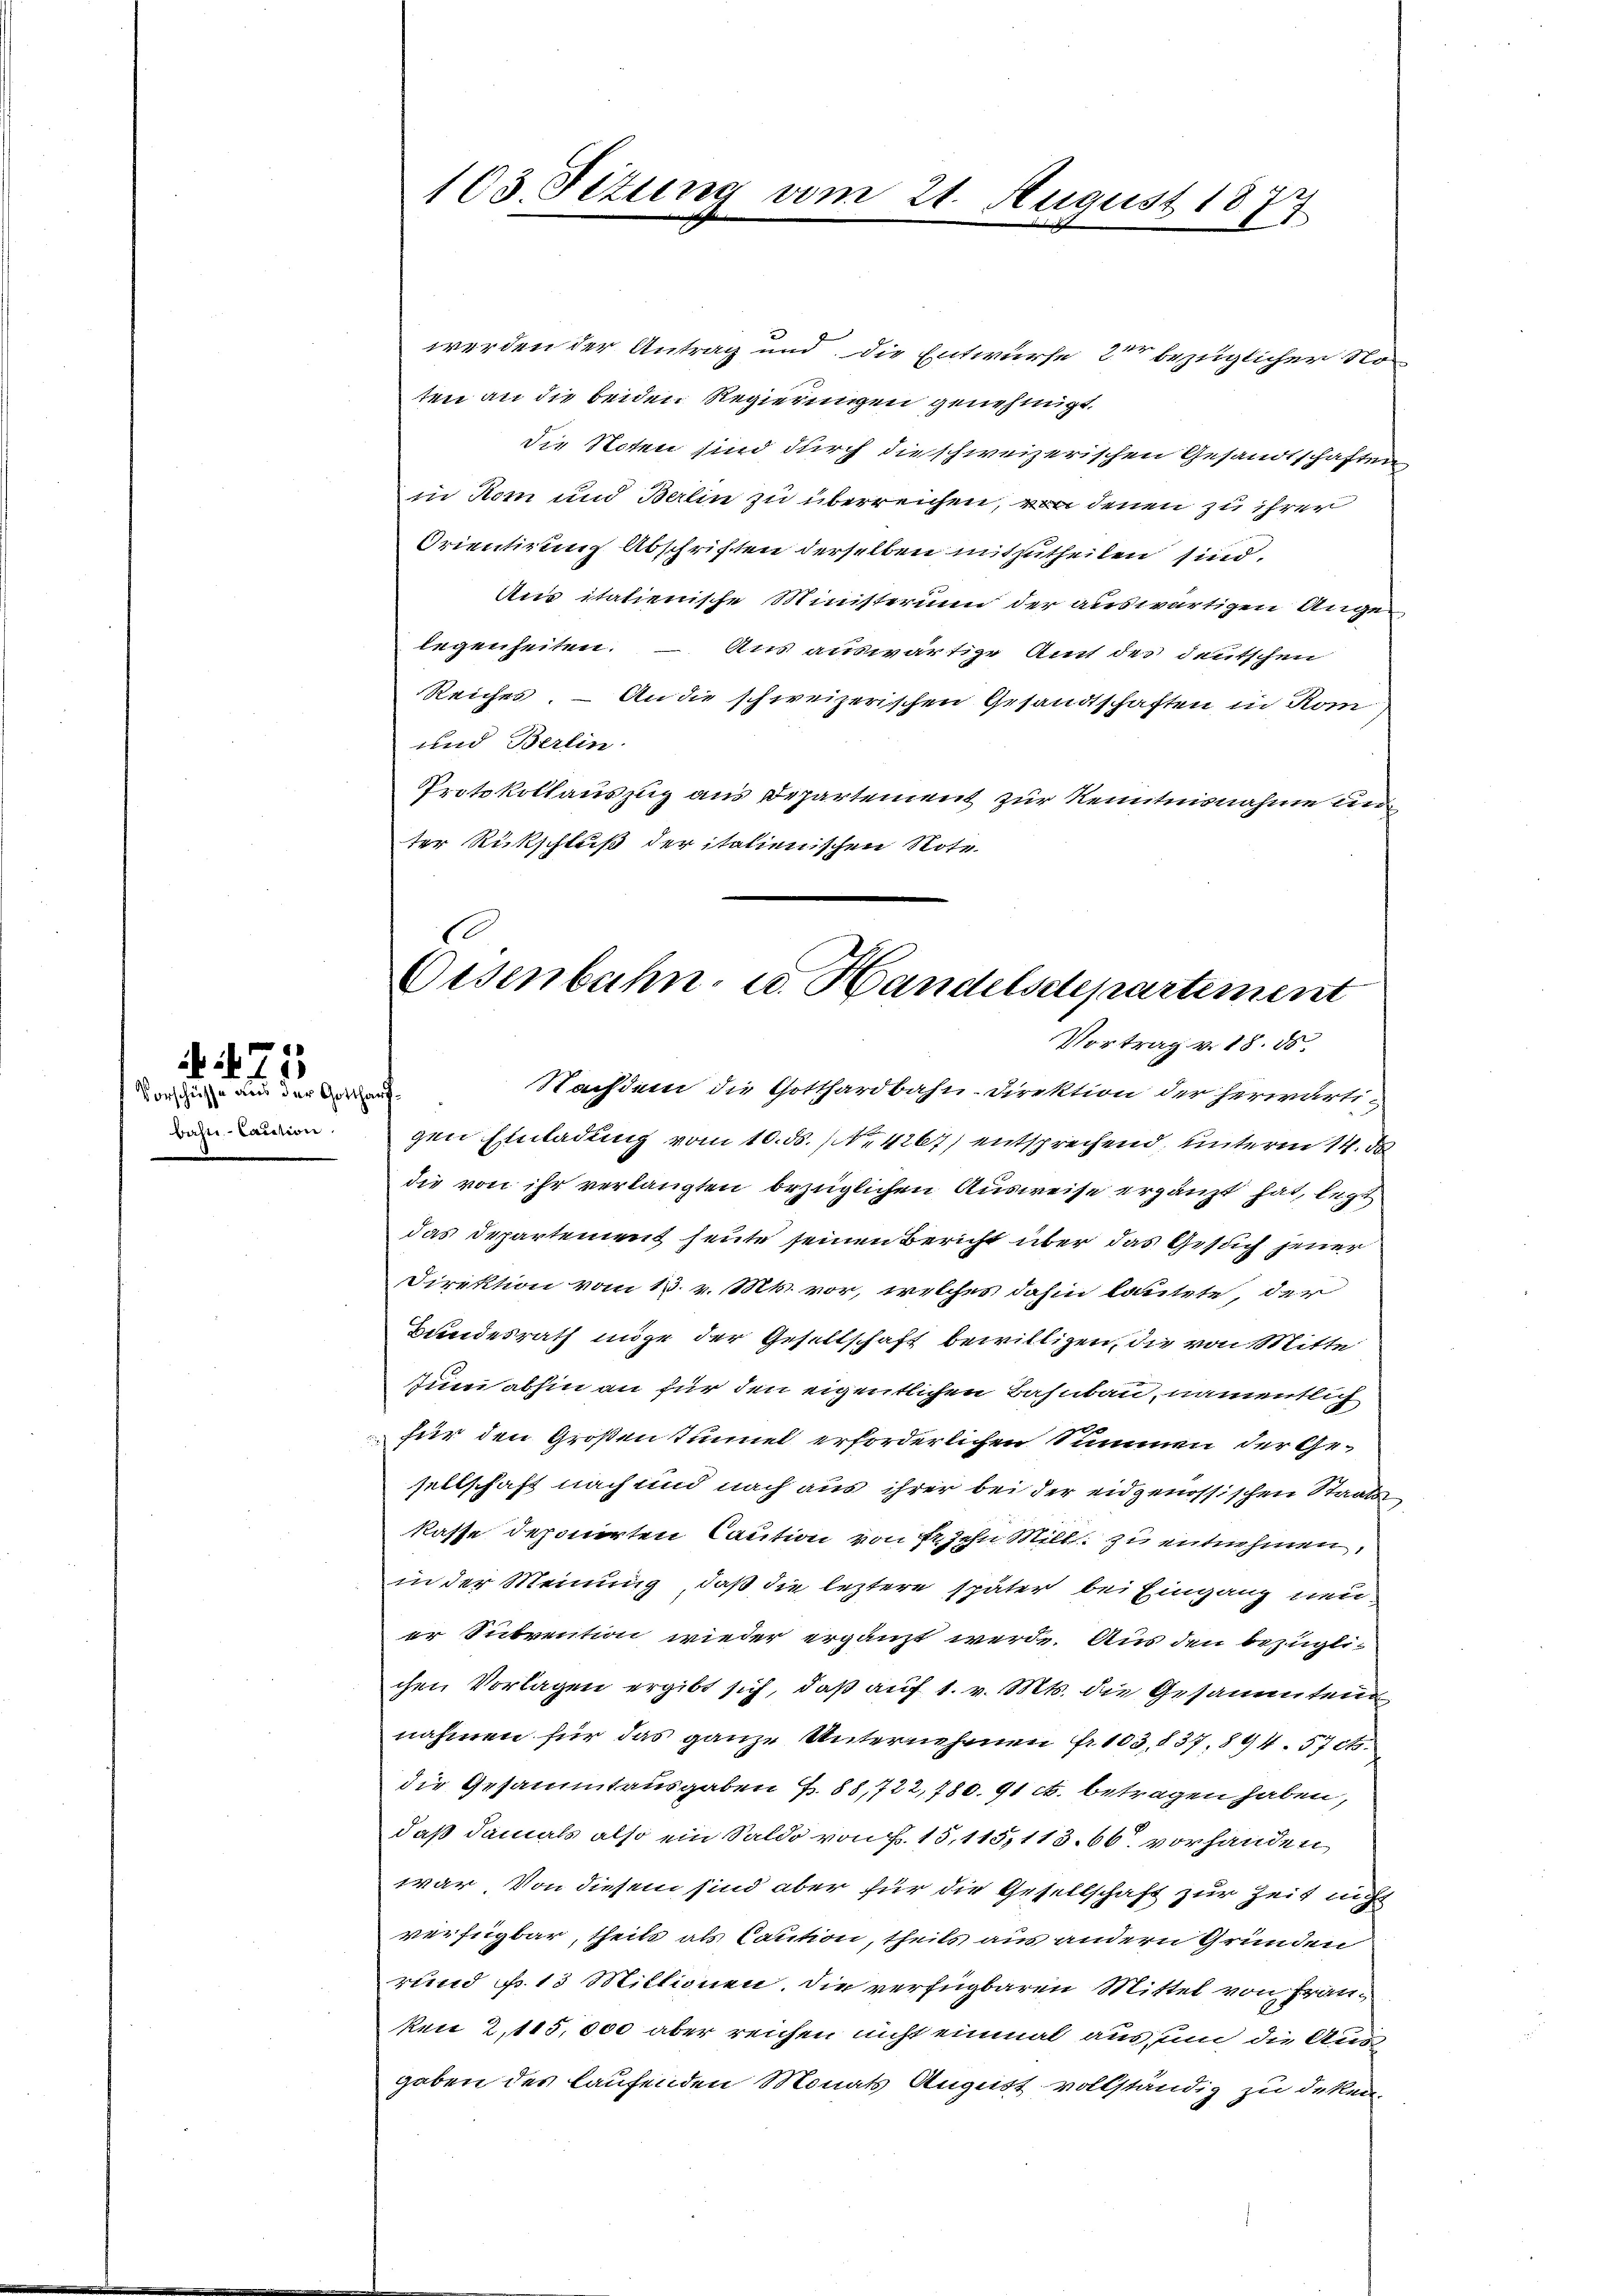
bahn- Caution.

75
Vorschüsse aus der Gottharf¬

103. Sitzung vom 21. August 1877
I

werden der Antrag und die Entwurfe 2te bezüglicher No
ten an die beiden Regierungen genehmigt.
die Noten sind durch die schweizerischen Gesandtschaften
iie Rem und Berlin zu überreichen, von denen zu ihrer
Orientirung Abschriften derselben mitzutheilen sind,
Aus italienische Ministerium der auswärtigen Angelegenheiten. – Aus auswärtige Amt des deutschen
Reiches. – An die schweizerischen Gesandtschaften in Rom
und Berlin.
Protokollauszug aus Departement zur Kenntnisnahme un
ter Rückschluß der italienischen Note

Oisenbahn u. Handelsdepartement
Vortrag v. 18. ds.
Nachdem die Gotthardbahn-Direktion der herwärtigen Einladung vom 10. ds. No 4267) entsprechend, unterm 14. d

die von ihr verlangten bezüglichen Ausweise ergänzt hat, legt
das Departement heute seinen Bericht über das Gesuch jener
Direktion vom 13. v. Mts. vor, welches dahin lautete der
Bundesrath möge der Gesellschaft bewilligen, die von Mitte
tum abhin an für den eigentlichen Bahnbau, namentlich
für den Großen Tunnel erforderlichen Summen der Gesellschaft nach und nach aus ihrer bei der eidgenössischen Staats
kasse deponirten Caution von fr. zehn Mill zu entnehmen,
in der Meinung, daß die leztere später bei Eingang neu
er Subvention wieder ergänzt werde. Aus den bezüglichen Vorlagen ergibt sich, daß auf 1. v. Mts. die Gesammten
nahmen für das ganze Unternehmen fr. 103,837, 894. 57 cts.
die Gesammtausgaben S. 88,722, 780. 91 ct. betragen haben,
daß damals also ein Saldo von P. 15,115, 113. 66. vorhanden
war von diesem sind aber für die Gesellschaft zur Zeit nicht
verfügbar, theile als Caution, theils aus andern Gründen
rund No. 13 Millionen. Die verfügbaren Mittel von Franken 2,115,000 aber reichen nicht einmal aus, um die Ausgaben des laufenden Monats August vollständig zu deken.